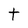
Character: t